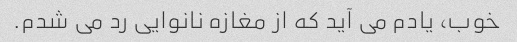
خوب، یادم می آید که از مغازه نانوایی رد می شدم.